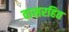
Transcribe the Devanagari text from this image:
वासरहित